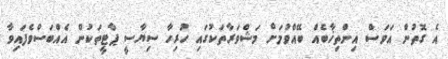
އެ ގޮތުން އަވަސް އިންތިޚާބެއް ބޭއްވުމަށް މަޝްވަރާތަކުގައި ހުރިހާ ސިޔާސީ ޕާޓީތަކުން އެއްބަސްވެފައިވާ